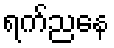
ရက်ညနေ